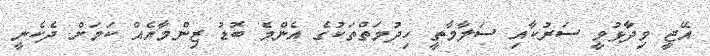
އޭޖީ ވިދާޅުވީ ސަރުކާއި ސަލާމާތީ ހިދުމަތްތަކުގެ އެންމެ ބޮޑު ޒިންމާއެއް ކަމަށް ދެކެނީ